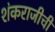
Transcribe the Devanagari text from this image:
शंकराजीची